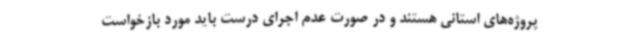
پروژه‌های استانی هستند و در صورت عدم اجرای درست باید مورد بازخواست